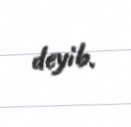
deyib.